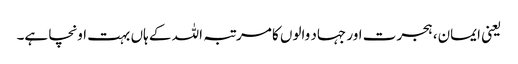
یعنی ایمان، ہجرت اور جہاد والوں کا مرتبہ اللہ کے ہاں بہت اونچا ہے۔